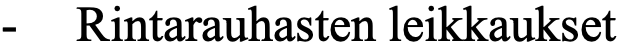
-  Rintarauhasten leikkaukset